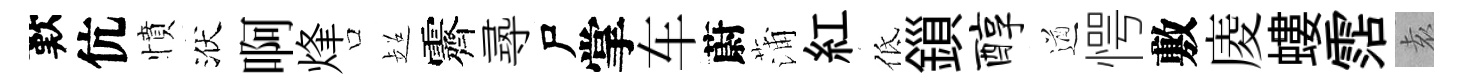
歎伉憤洑啊烽口超霽𡬶尸掌车蔚蒲紅低鎻醇遒愕敷庱螻霑𡊮